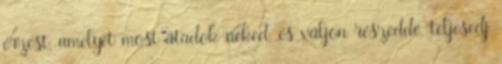
érzést, amelyet most átadok neked, és váljon részeddé, teljesedj